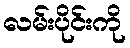
လမ်းပိုင်းကို